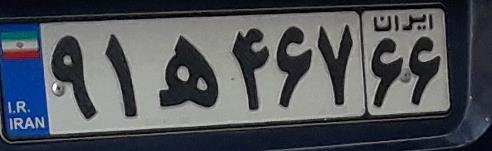
۹۱ه۴۶۷۶۶